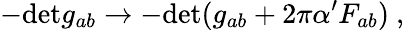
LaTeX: -\mathrm{det}g_{ab}\to-\mathrm{det}(g_{ab}+2\pi\alpha^{\prime}F_{ab})\ ,